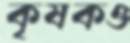
কৃষকও